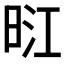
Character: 𭥺